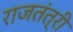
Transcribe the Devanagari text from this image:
राजतंत्री